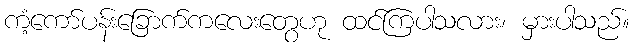
ကံ့ကော်ပန်းခြောက်ကလေးတွေဟု ထင်ကြပါသလား၊ မှားပါသည်။